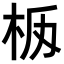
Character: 𣐧